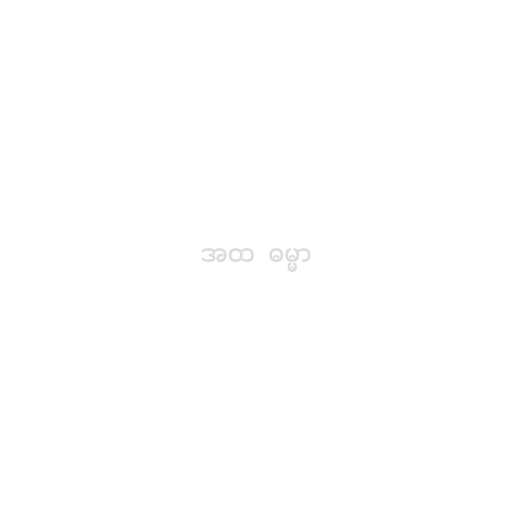
အထ  ဓမ္မာ